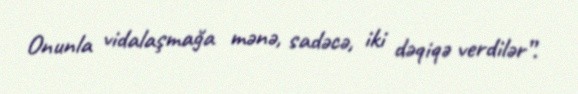
Onunla vidalaşmağa mənə, sadəcə, iki dəqiqə verdilər”.